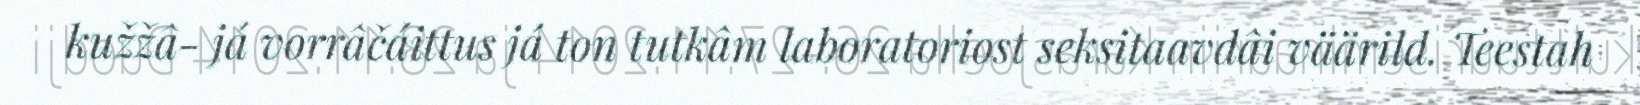
kužžâ- já vorrâčáittus já ton tutkâm laboratoriost seksitaavdâi väärild. Teestah